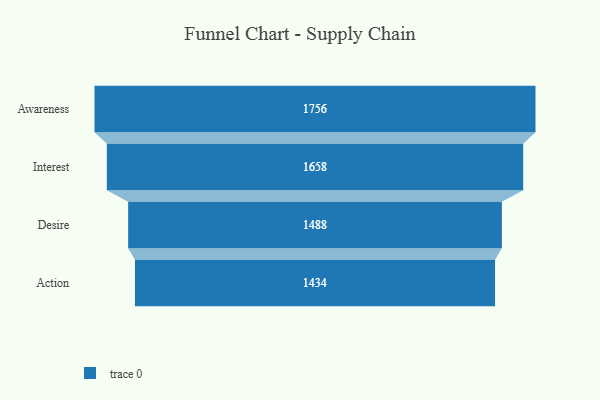
{"axis": {"x": "Stage", "y": "Value"}, "legend": [""], "data": [{"x": "Awareness", "y": 1756.0, "type": ""}, {"x": "Interest", "y": 1658.0, "type": ""}, {"x": "Desire", "y": 1488.0, "type": ""}, {"x": "Action", "y": 1434.0, "type": ""}]}